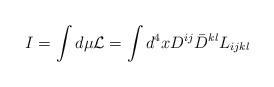
LaTeX: \begin{align*}I= \int d \mu {\cal L} = \int d^4 x D^{ij} \bar{D}^{kl} L_{ijkl}\end{align*}